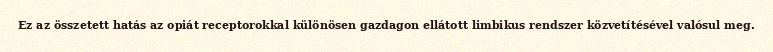
Ez az összetett hatás az opiát receptorokkal különösen gazdagon ellátott limbikus rendszer közvetítésével valósul meg.